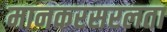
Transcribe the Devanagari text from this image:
मानकरसरलता